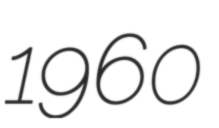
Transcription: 1960